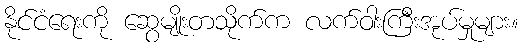
နိုင်ငံရေးကို ဆွေမျိုးတသိုက်က လက်ဝါးကြီးအုပ်မှုများ။